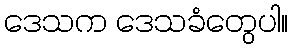
ဒေသက ဒေသခံတွေပါ။